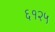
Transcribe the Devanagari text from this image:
६१२५